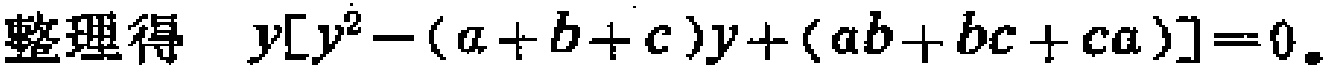
整理得 \(y[y^{2}-(a + b + c)y+(ab + bc + ca)] = 0\)。